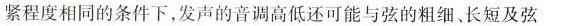
紧程度相同的条件下，发声的音调高低还可能与弦的粗细、长短及弦